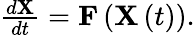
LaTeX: \begin{array}{r}{\frac{d\mathbf{X}}{dt}=\mathbf{F}\left(\mathbf{X}\left(t\right)\right).}\end{array}